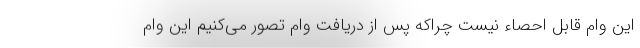
این وام قابل احصاء نیست چراکه پس از دریافت وام تصور می‌کنیم این وام